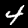
Digit: 4